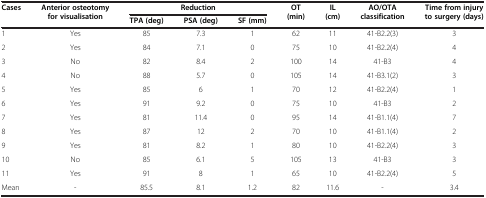
<table><thead><tr><td><b>Cases</b></td><td><b>Anterior osteotomy for visualisation</b></td><td colspan="3"><b>Reduction</b></td><td><b>OT (min)</b></td><td><b>IL (cm)</b></td><td><b>AO/OTA classification</b></td><td><b>Time from injury to surgery (days)</b></td></tr><tr><td><b> </b></td><td><b> </b></td><td><b>TPA (deg)</b></td><td><b>PSA (deg)</b></td><td><b>SF (mm)</b></td><td><b> </b></td><td><b> </b></td><td><b> </b></td><td><b> </b></td></tr></thead><tbody><tr><td>1</td><td>Yes</td><td>85</td><td>7.3</td><td>1</td><td>62</td><td>11</td><td>41-B2.2(3)</td><td>3</td></tr><tr><td>2</td><td>Yes</td><td>84</td><td>7.1</td><td>0</td><td>75</td><td>10</td><td>41-B2.2(4)</td><td>4</td></tr><tr><td>3</td><td>No</td><td>82</td><td>8.4</td><td>2</td><td>100</td><td>14</td><td>41-B3</td><td>4</td></tr><tr><td>4</td><td>No</td><td>88</td><td>5.7</td><td>0</td><td>105</td><td>14</td><td>41-B3.1(2)</td><td>3</td></tr><tr><td>5</td><td>Yes</td><td>85</td><td>6</td><td>1</td><td>70</td><td>12</td><td>41-B2.2(4)</td><td>1</td></tr><tr><td>6</td><td>Yes</td><td>91</td><td>9.2</td><td>0</td><td>75</td><td>10</td><td>41-B3</td><td>2</td></tr><tr><td>7</td><td>Yes</td><td>81</td><td>11.4</td><td>0</td><td>95</td><td>14</td><td>41-B1.1(4)</td><td>7</td></tr><tr><td>8</td><td>Yes</td><td>87</td><td>12</td><td>2</td><td>70</td><td>10</td><td>41-B1.1(4)</td><td>2</td></tr><tr><td>9</td><td>Yes</td><td>81</td><td>8.2</td><td>1</td><td>80</td><td>10</td><td>41-B2.2(4)</td><td>3</td></tr><tr><td>10</td><td>No</td><td>85</td><td>6.1</td><td>5</td><td>105</td><td>13</td><td>41-B3</td><td>3</td></tr><tr><td>11</td><td>Yes</td><td>91</td><td>8</td><td>1</td><td>65</td><td>10</td><td>41-B2.2(4)</td><td>5</td></tr><tr><td>Mean</td><td>-</td><td>85.5</td><td>8.1</td><td>1.2</td><td>82</td><td>11.6</td><td>-</td><td>3.4</td></tr></tbody></table>